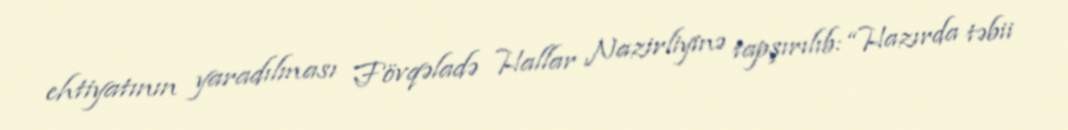
ehtiyatının yaradılması Fövqəladə Hallar Nazirliyinə tapşırılıb: “Hazırda təbii